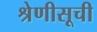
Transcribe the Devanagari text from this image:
श्रेणीसूची